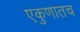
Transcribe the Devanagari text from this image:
एकुणातच